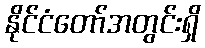
နိုင်ငံတော်အတွင်းရှိ